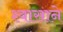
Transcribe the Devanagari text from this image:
श्वासाने